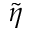
\tilde { \eta }